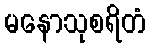
မနောသုစရိတံ